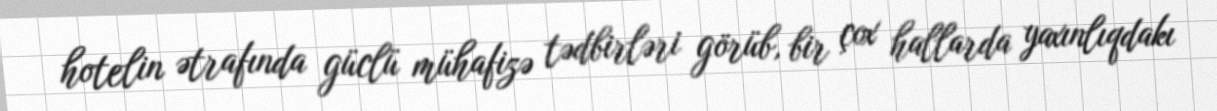
hotelin ətrafında güclü mühafizə tədbirləri görüb, bir çox hallarda yaxınlıqdakı